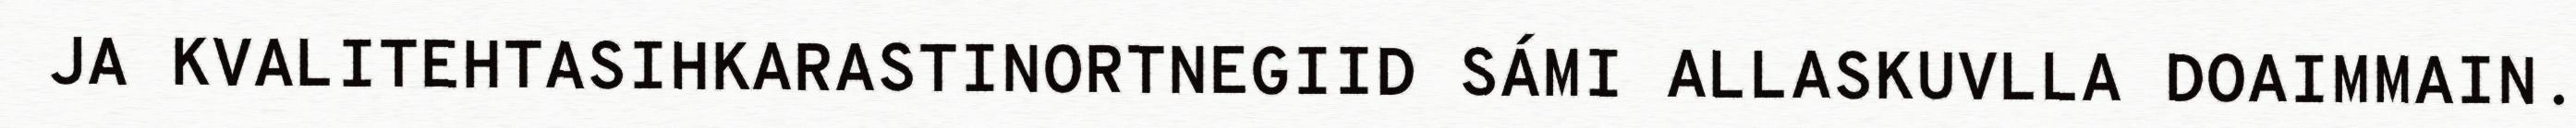
JA KVALITEHTASIHKARASTINORTNEGIID SÁMI ALLASKUVLLA DOAIMMAIN.